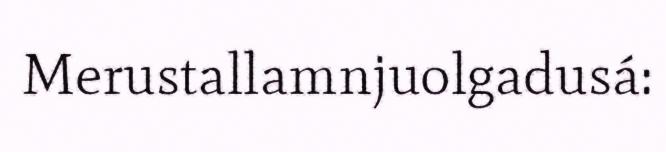
Merustallamnjuolgadusá: